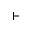
\vdash